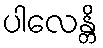
ပါလေန္တိ